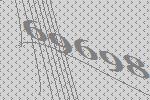
69698